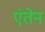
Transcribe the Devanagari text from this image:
एंतेन